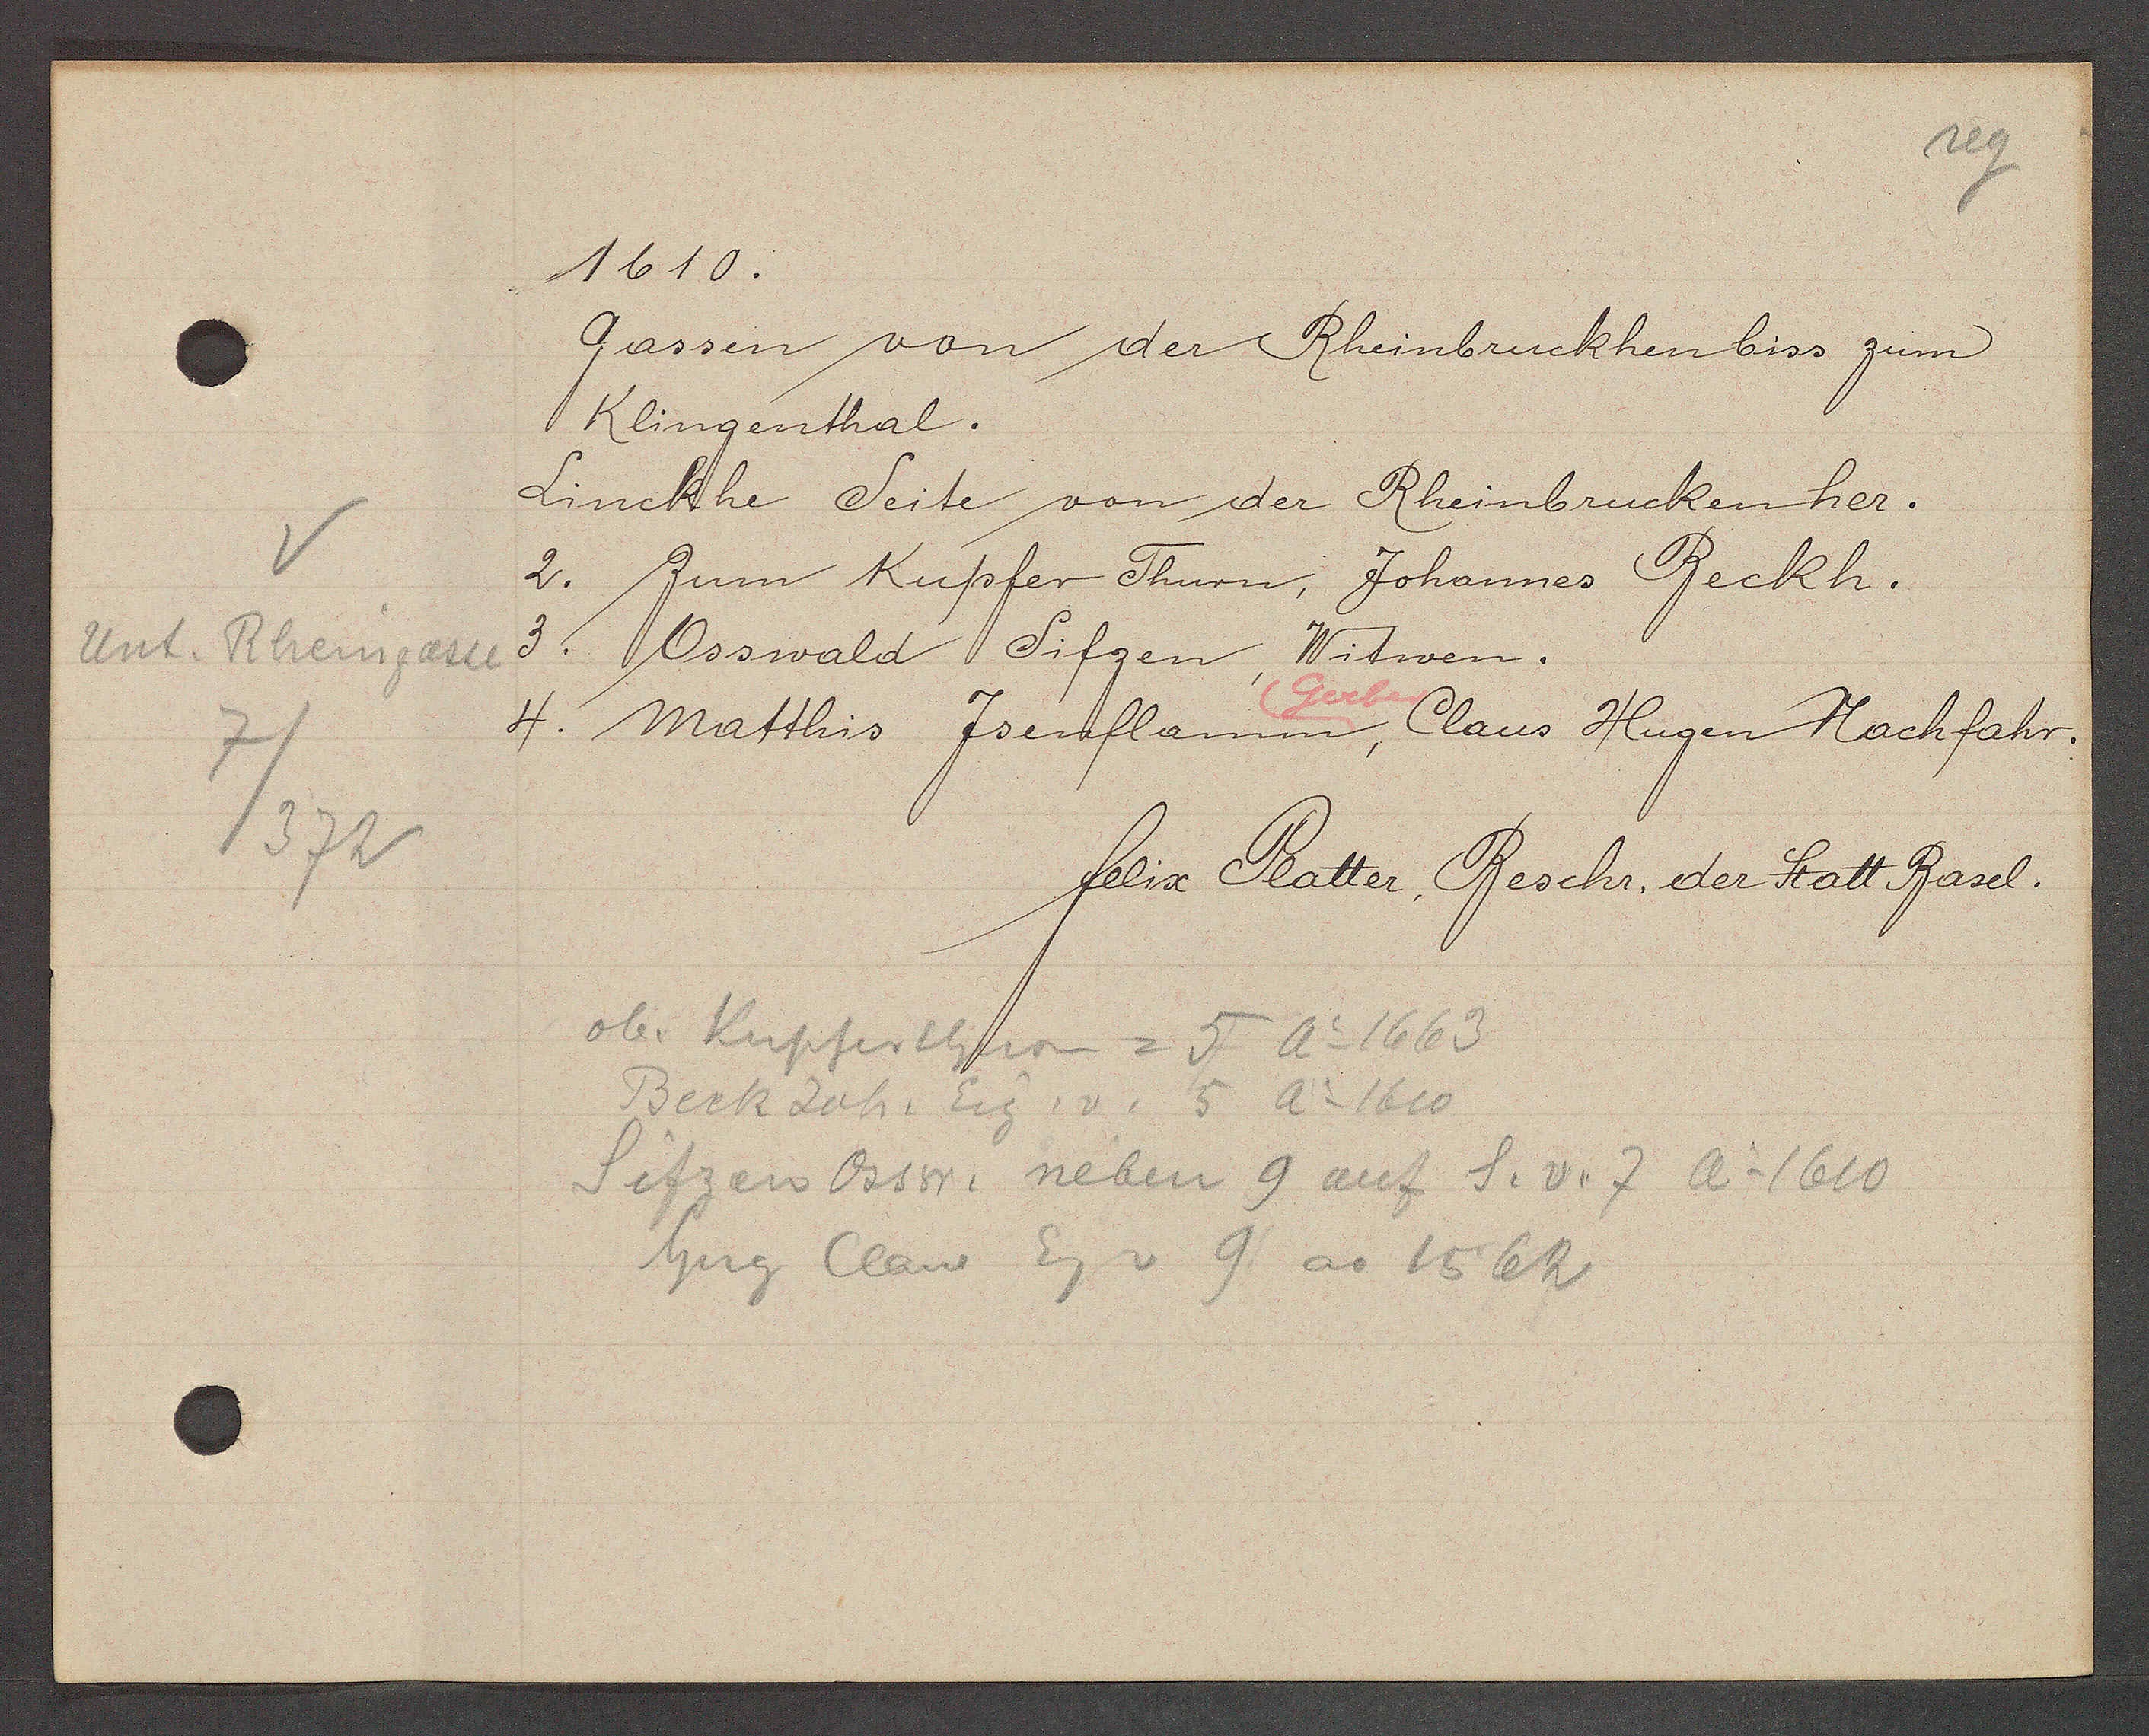
Transcript:
Rheingasse
Unt.
7/372

1610.

Gassen von der Rheinbruckhen biss zum
Klingenthal.
Linckhe Seite von der Rheinbrucken her.
2. Zum Kupfer Thurn: Johannes Beckh.
3.
Osswald Sifzen, Witwen.
Gerber
4. Matthis Jsenflamm, Claus Hugen Rachfahr.

felix Platter, Beschr. der Statt Basel.

ob. Kupferthurn = 5 Ao 1663
Beck Joh. Eig. v. 5 Ao 1610
Sitzen Osw. neben 9 auf S.v. 7 Ao 1610
hug Claus Eg v 9 ao 1562